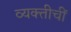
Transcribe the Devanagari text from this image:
व्यक्तीचीं